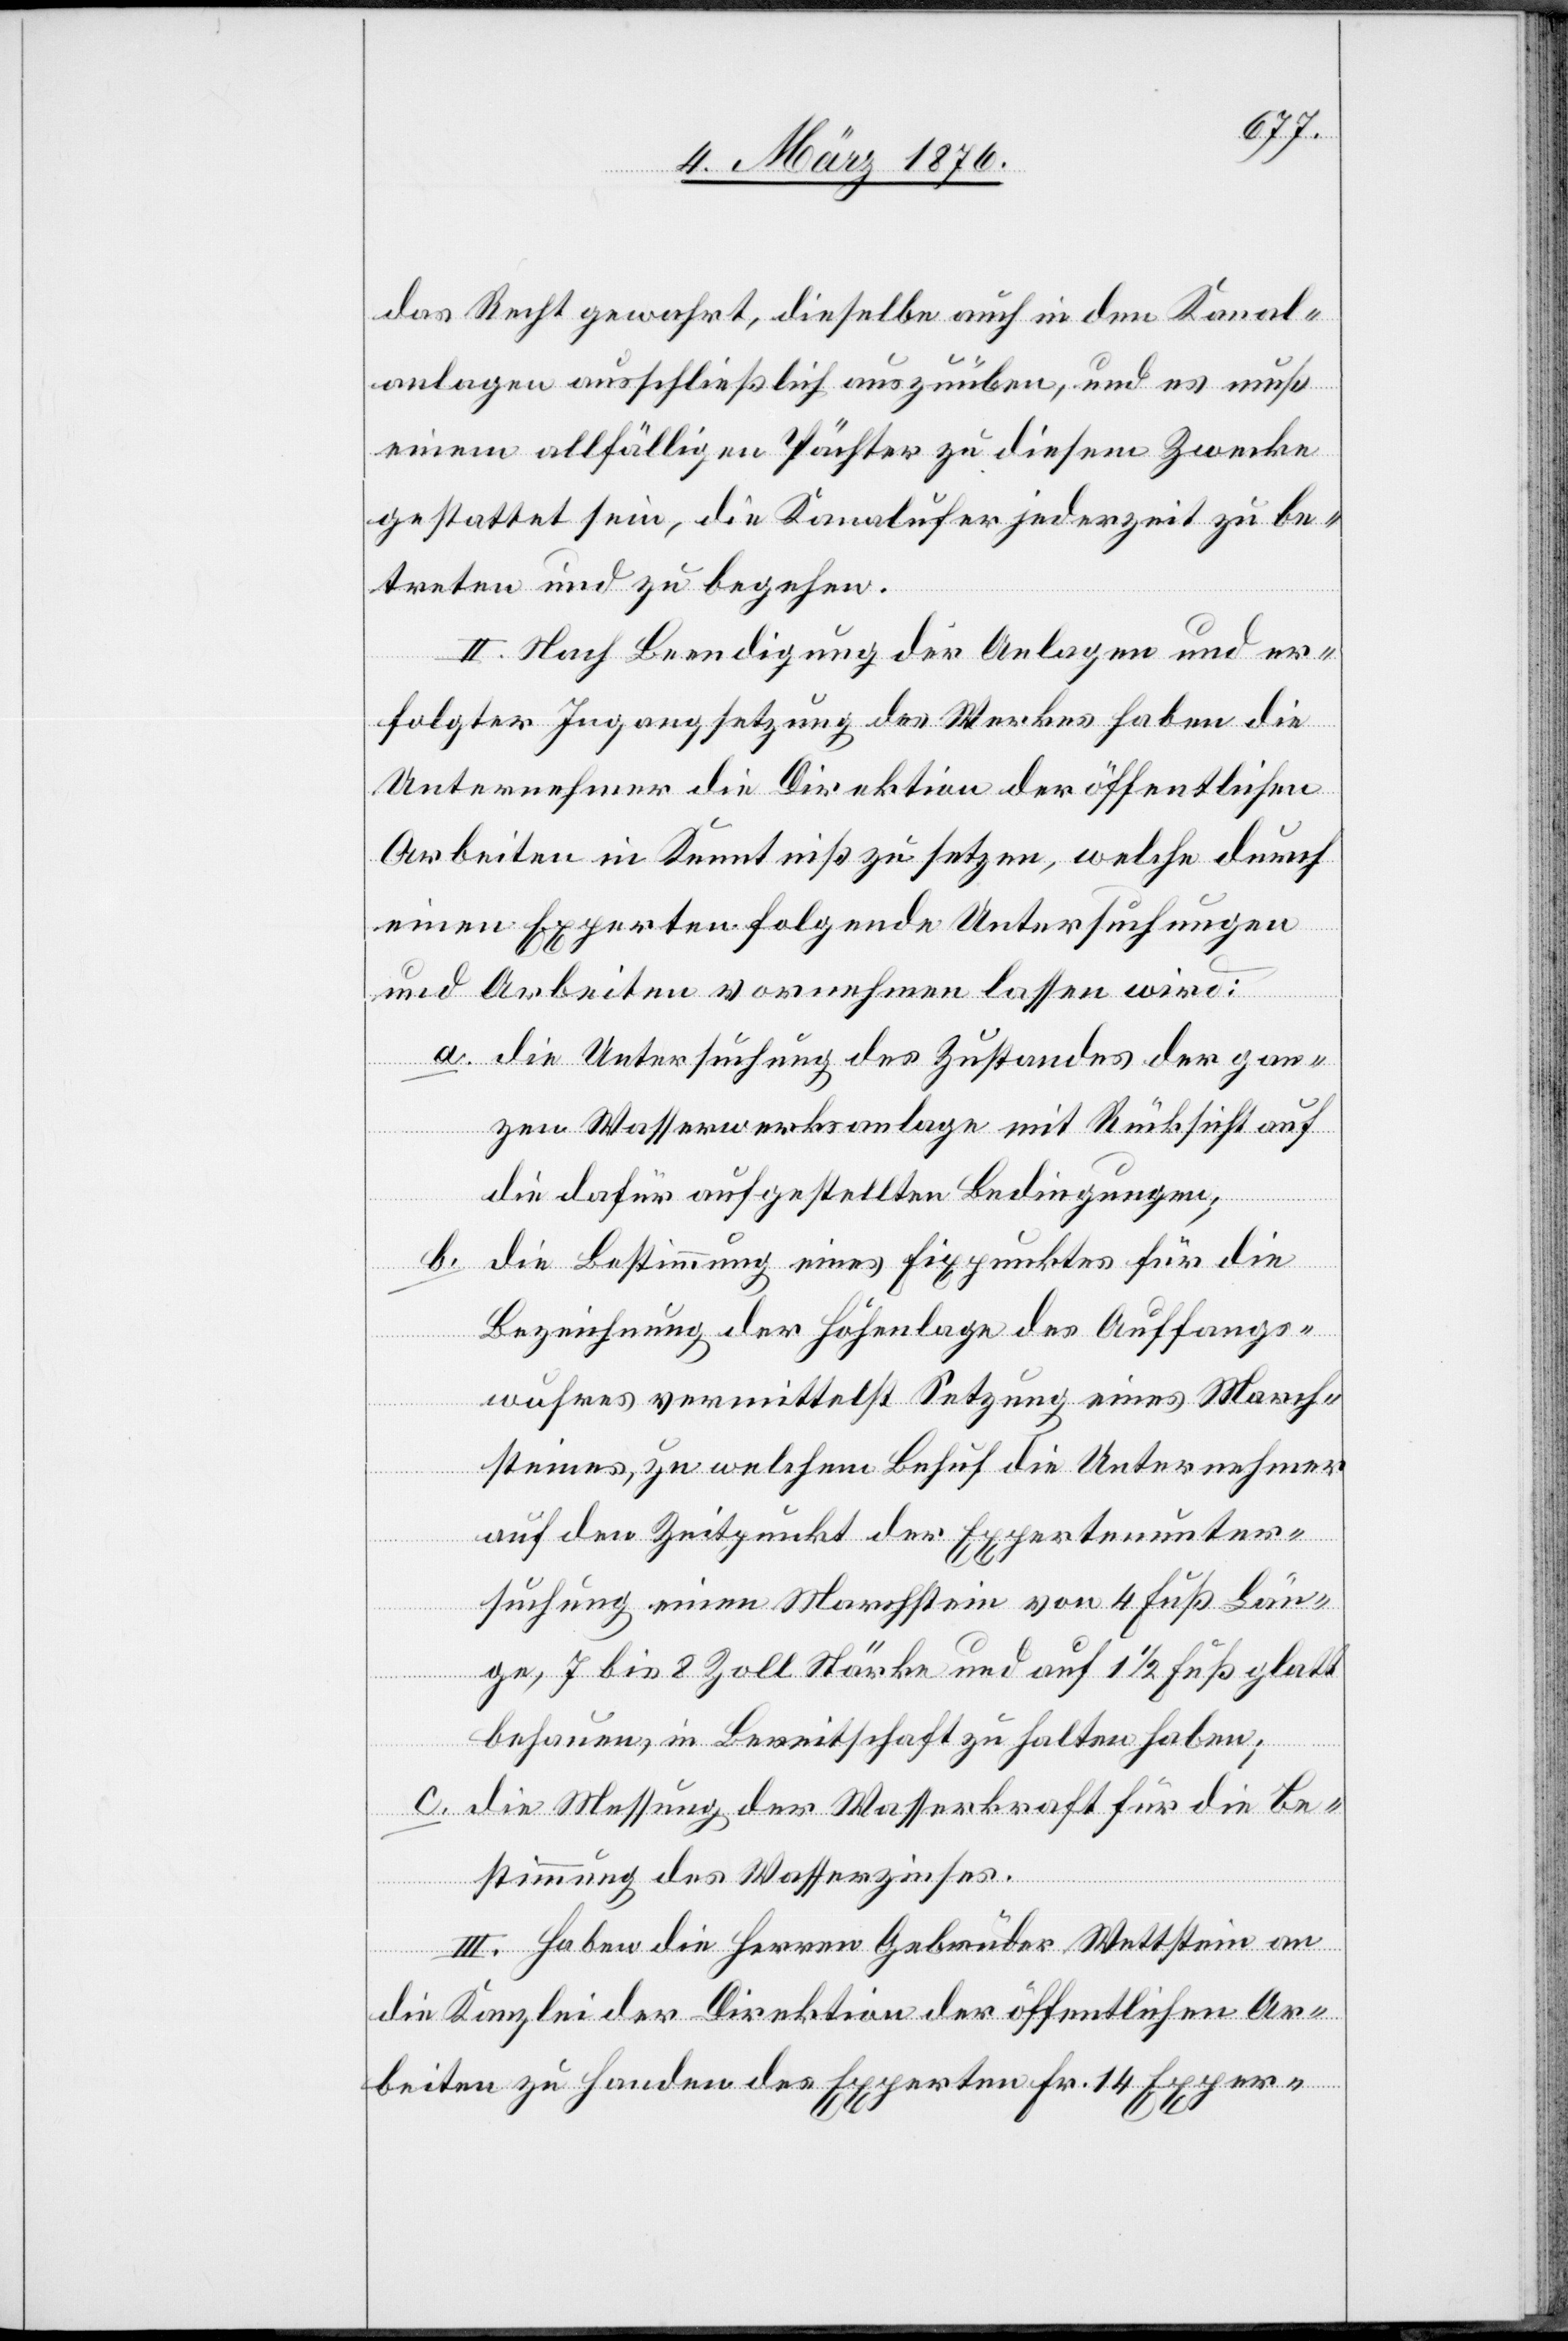
das Recht gewahrt, dieselbe auch in den Kanal¬
anlagen ausschließlich auszuüben, und es muß
einem allfälligen Pächter zu diesem Zwecke
gestattet sein, die Kanalufer jederzeit zu be¬
treten und zu begehen.
II. Nach Beendigung der Anlagen und er¬
folgter Ingangsetzung des Werkes haben die
Unternehmer die Direktion der öffentlichen
Arbeiten in Kenntniß zu setzen, welche durch
einen Experten folgende Untersuchungen
und Arbeiten vornehmen lassen wird:
a. die Untersuchung des Zustandes der gan¬
zen Wasserwerksanlage mit Rücksicht auf
die dafür aufgestellten Bedingungen;
b. die Bestimmung eines Fixpunktes für die
Bezeichnung der Höhenlage des Auffangs¬
wuhres vermittelst Setzung eines March¬
steins, zu welchem Behuf die Unternehmer
auf den Zeitpunkt der Expertenunter¬
suchung einen Marchstein von 4 Fuß Län¬
ge, 7 bis 8 Zoll Stärke und auf 1 1/2 Fuß glatt
behauen, in Bereitschaft zu halten haben;
c. die Messung der Wasserkraft für die Be¬
stimmung des Wasserzinses.
III. Haben die Herren Gebrüder Wettstein an
die Kanzlei der Direktion der öffentlichen Ar¬
beiten zu Handen des Experten Fr. 14 Exper-